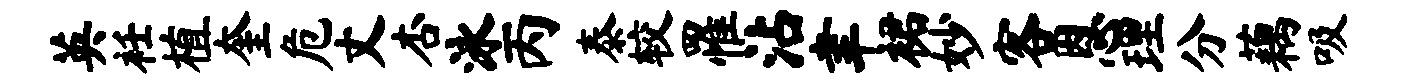
英衽植奎危丈杏泳丙泰较罹沾聿裙妙客恩理分藕吸